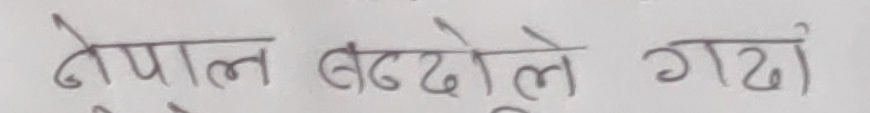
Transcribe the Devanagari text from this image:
नेपाल बढ्दोले गढो